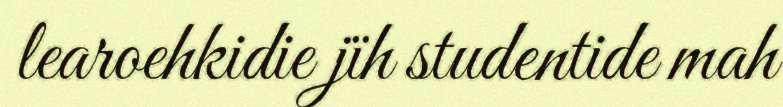
learoehkidie jïh studentide mah